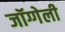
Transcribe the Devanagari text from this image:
जॉग्गेली